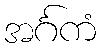
အင်္ဂကံ